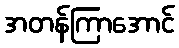
အတန်ကြာအောင်